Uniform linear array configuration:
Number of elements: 4
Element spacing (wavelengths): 1
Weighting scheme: kaiser
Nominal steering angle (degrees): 30
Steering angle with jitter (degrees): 28.425
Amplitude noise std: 0.05
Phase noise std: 0.05

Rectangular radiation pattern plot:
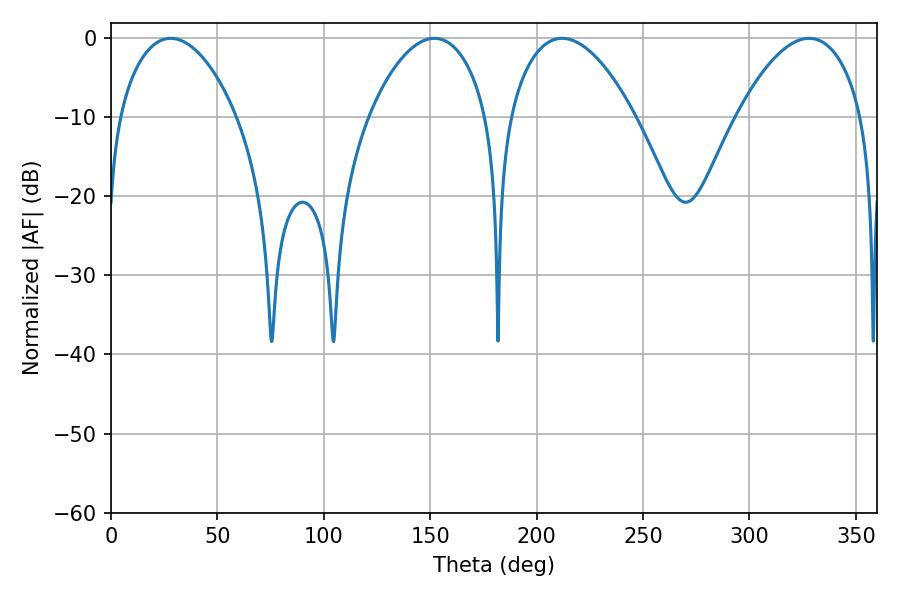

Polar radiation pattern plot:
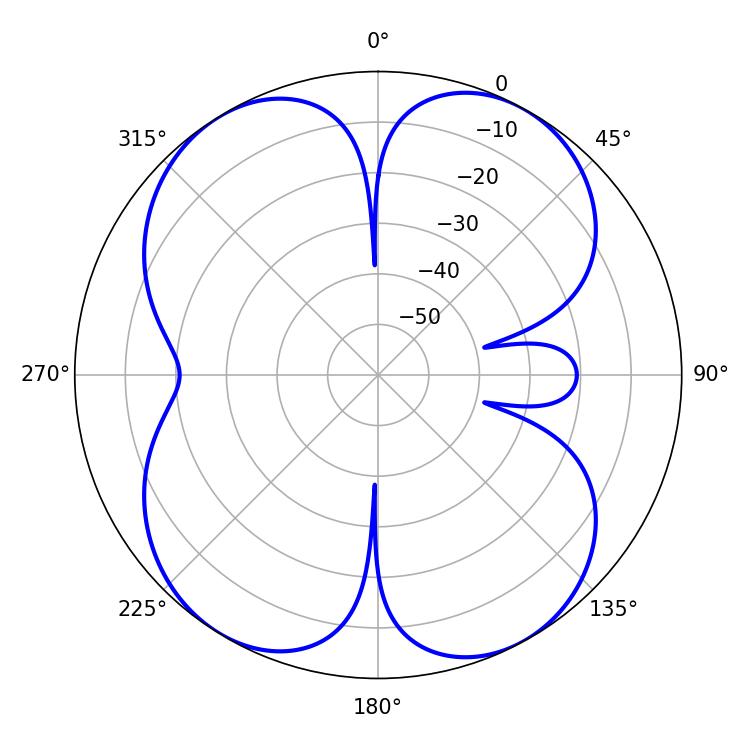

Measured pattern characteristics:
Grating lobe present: TRUE
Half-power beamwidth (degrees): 31.14
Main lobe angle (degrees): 28.08